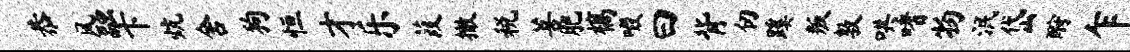
恭风融卞炕舍狗恒才乐葭撤税菩肥槁啜曰背仞蹊叛敦哄嗜物泯岱酹乍